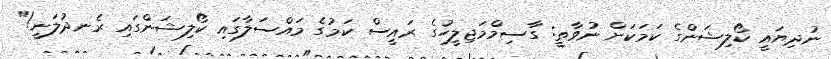
ނުދިޔައީ ކޯލިޝަންގެ ކަމަކަށް ނުވާތީ: ގާސިމްމަޖިލީހުގެ ރައީސް ކަމުގެ މައްސަލާގައި ކޯލިޝަންގައި ރެނދުލަނީ!"